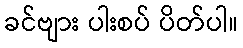
ခင်ဗျား ပါးစပ် ပိတ်ပါ။